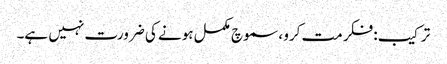
ترکیب: فکر مت کرو ، سموچ مکمل ہونے کی ضرورت نہیں ہے۔